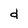
Character: d